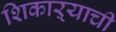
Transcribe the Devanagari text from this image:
शिकाऱ्याची